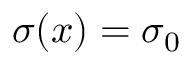
\sigma ( x ) = \sigma _ { 0 }